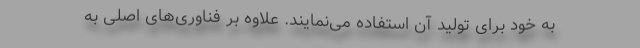
به خود برای تولید آن استفاده می‌نمایند. علاوه بر فناوری‌های اصلی به